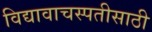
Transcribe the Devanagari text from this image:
विद्यावाचस्पतीसाठी